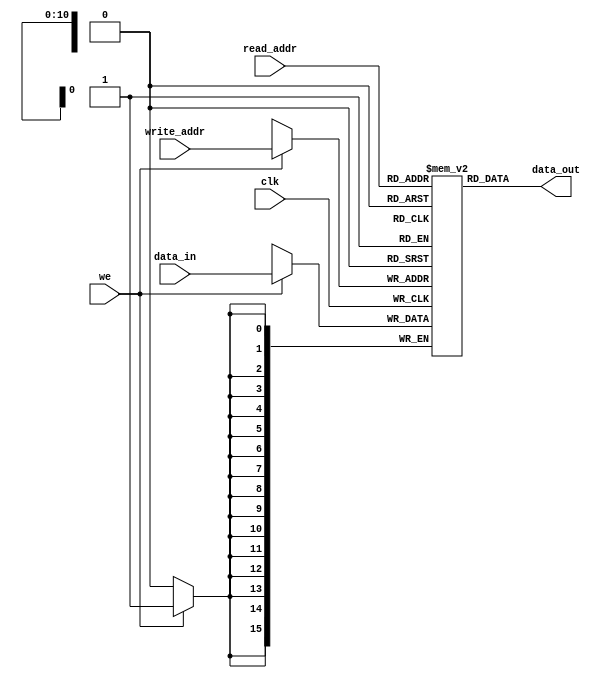
  //#############################################################################
  // WRITTEN BY ANNIE (WEI) DAI TO STORE DOWN SAMPLED SKIN MAP
  // SPRING 2013
  // ALLOWS ASYNCHRONOUS READS AND SYNCHRONOUS WRITES :D
  //#############################################################################
  /////////////////////////////////////////////////////
  //// DOWN SAMPLED SKIN MAP AS M4K MODULE      ///////
  /////////////////////////////////////////////////////
  module ram_infer(data_out,read_addr,write_addr,data_in,we,clk);
  output [15:0] data_out;
  input [10:0] read_addr, write_addr;//6bit x, 5bit y
  input [15:0] data_in;
  input clk,we;
  
  reg [15:0] mem[2047:0];//30 rows=2^5, 40 cells=2^6 of 8 bit (16*16=256=2^8 but we will overflow so 9bit)
 
  assign data_out = mem[read_addr];
  always @(posedge clk)
  begin
    if(we) mem[write_addr] <= data_in;
  end
  endmodule